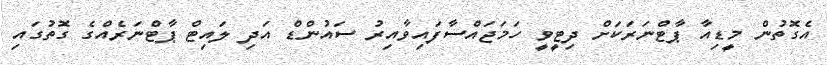
އެގޮތުން މީޑިއާ ޕާޓްނަރަކަށް ދިޓީވީ ހަމަޖައްސާފައިވާއިރު ސައުންޑް އަދި ލައިޓް ޕާޓްނަރެއްގެ ގޮތުގައި